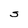
Character: S